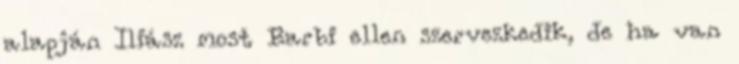
alapján Iliász most Barbi ellen szervezkedik, de ha van